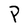
Character: P